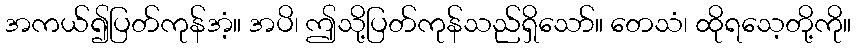
အကယ်၍ပြတ်ကုန်အံ့။ အပိ၊ ဤသို့ပြတ်ကုန်သည်ရှိသော်။ တေသံ၊ ထိုရသေ့တို့ကို။